Civil Veterinary Dept. Bombay admin report 1907-1913 - 1907-1913
Year: 1907
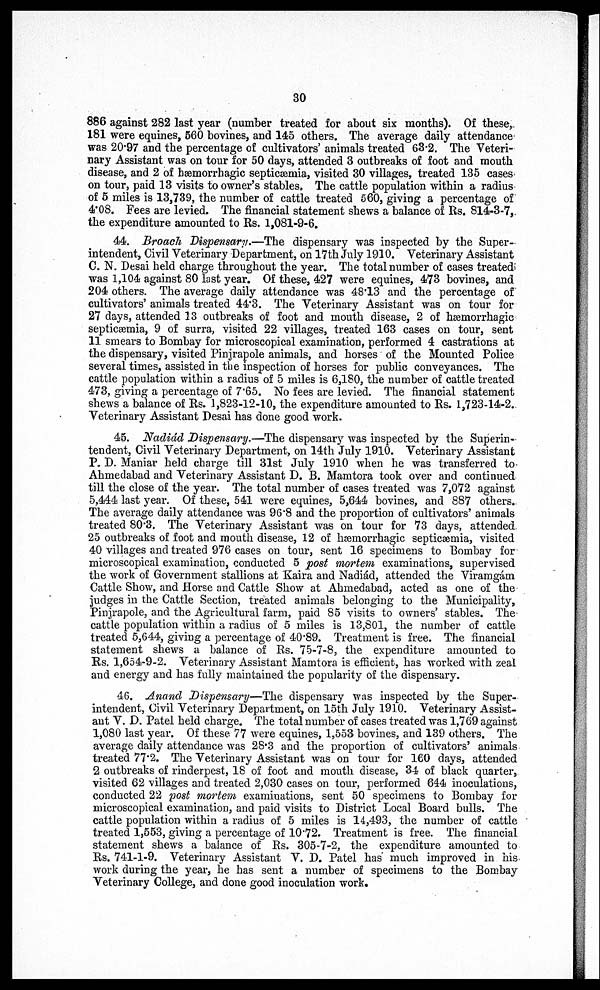
30
886 against 282 last year (number treated for about six months). Of these,
181 were equines, 560 .bovines, and 145 others. The average daily attendance
was 20∙97 and the percentage of cultivators' animals treated 63∙2. The Veteri
nary Assistant was on tour for 50 days, attended 3 outbreaks of foot and mouth
disease, and 2 of hæmorrhagic septicæmia, visited 30 villages, treated 135 cases
on tour, paid 13 visits to owner's stables, The cattle population within a radius
of 5 miles is 13,739, the number of cattle treated 560, giving a percentage of
4∙08. Fees are levied. The financial statement shews a balance of Rs. 814-3-7,
the expenditure amounted to Rs. 1,081-9-6.
44. Broach Dispensary.—The dispensary was inspected by the Super
intendent, Civil Veterinary Department, on 17th July 1910. Veterinary Assistant
C. N. Desai held charge throughout the year. The total number of cases treated
was 1,104 against 80 last year. Of these, 427 were equines, 473 bovines, and
204 others. The average daily attendance was 48∙13 and the percentage of
cultivators' animals treated 44∙3. The Veterinary Assistant was on tour for
27 days, attended 13 outbreaks of foot and mouth disease, 2 of hæmorrhagic
septicæmia, 9 of surra, visited 22 villages, treated 163 cases on tour, sent
11 smears to Bombay for microscopical examination, performed 4 castrations at
the dispensary, visited Pinjrapole animals, and horses of the Mounted Police
several times, assisted in the inspection of horses for public conveyances. The
cattle population within a radius of 5 miles is 6,180, the number of cattle treated
473, giving a percentage of 7∙65. No fees are levied. The financial statement
shews a balance of Rs. 1,823-12-10, the expenditure amounted to Rs. 1,723-14-2.
Veterinary Assistant Desai has done good work.
45. Nadiád Dispensary.—The dispensary was inspected by the Superin
tendent, Civil Veterinary Department, on 14th July 1910. Veterinary Assistant
P. D. Maniar held charge till 31st July 1910 when he was transferred to
Ahmedabad and Veterinary Assistant D. B. Mamtora took over and continued
till the close of the year. The total number of cases treated was 7,072 against
5,444 last year. Of these, 541 were equines, 5,644 bovines, and 887 others.
The average daily attendance was 96∙8 and the proportion of cultivators' animals
treated 80∙3. The Veterinary Assistant was on tour for 73 days, attended
25 outbreaks of foot and mouth disease, 12 of hæmorrhagic septicæmia, visited
40 villages and treated 976 cases on tour, sent 16 specimens to Bombay for
microscopical examination, conducted 5 post mortem examinations, supervised
the work of Government stallions at Kaira and Nadiád, attended the Viramgám
Cattle Show, and Horse and Cattle Show at Ahmedabad, acted as one of the
judges in the Cattle Section, treated animals belonging to the Municipality,
Pinjrapole, and the Agricultural farm, paid 85 visits to owners' stables. The
cattle population within a radius of 5 miles is 13,801, the number of cattle
treated 5,644, giving a percentage of 40∙89. Treatment is free. The financial
statement shews a balance of Rs. 75-7-8, the expenditure amounted to
Rs. 1,654-9-2. Veterinary Assistant Mamtora is efficient, has worked with zeal
and energy and has fully maintained the popularity of the dispensary.
46. Anand Dispensary—The dispensary was inspected by the Super
intendent, Civil Veterinary Department, on 15th July 1910. Veterinary Assist
ant V. D. Patel held charge. The total number of cases treated was 1,769 against
1,080 last year. Of these 77 were equines, 1,553 bovines, and 139 others. The
average daily attendance was 28∙3 and the proportion of cultivators' animals
treated 77∙2. The Veterinary Assistant was on tour for 160 days, attended
2 outbreaks of rinderpest, 18 of foot and mouth disease, 34 of black quarter,
visited 62 villages and treated 2,030 cases on tour, performed 644 inoculations,
conducted 22 post mortem examinations, sent 50 specimens to Bombay for
microscopical examination, and paid visits to District Local Board bulls. The
cattle population within a radius of 5 miles is 14,493, the number of cattle
treated 1,553, giving a percentage of 10∙72. Treatment is free. The financial
statement shews a balance of Rs. 305-7-2, the expenditure amounted to
Rs. 741-1-9. Veterinary Assistant V. D. Patel has much improved in his
work during the year, he has sent a number of specimens to the Bombay
Veterinary College, and done good inoculation work.